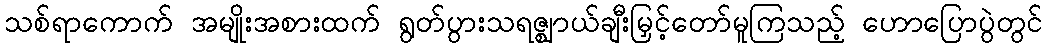
သစ်ရာကောက် အမျိုးအစားထက် ရွတ်ပွားသရဇ္ဈာယ်ချီးမြှင့်တော်မူကြသည့် ဟောပြောပွဲတွင်